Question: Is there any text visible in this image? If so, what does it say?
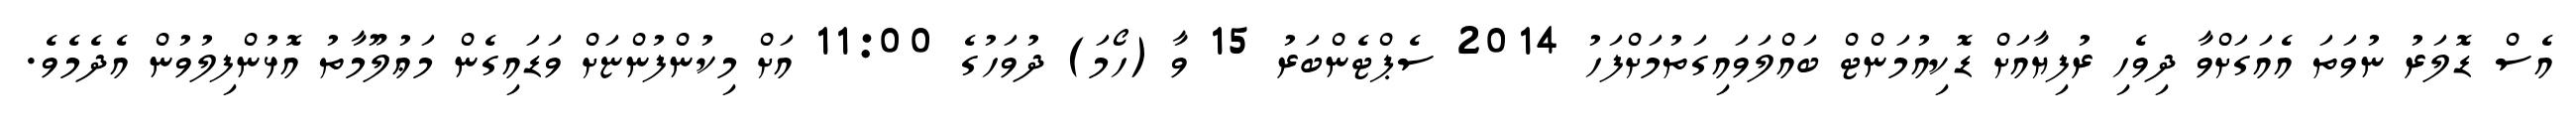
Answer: އެސް ޑޮލަރު ނުވަތަ އެއަގަށްވާ ދިވެހި ރުފިޔާއަށް ޑޮކިއުމަންޓް ބައްލަވައިގަތުމަށްފަހު 2014 ސެޕްޓެންބަރު 15 ވާ (ހޯމަ) ދުވަހުގެ 11:00 އަށް މިކުންފުންޏަށް ވަޑައިގެން މަޢުލޫމާތު އޮޅުންފިލުވުން އެދެމެވެ.